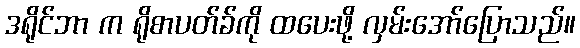
ဒရိုင်ဘာ က ရိုစာပတ်ခ်ကို ထပေးဖို့ လှမ်းအော်ပြောသည်။